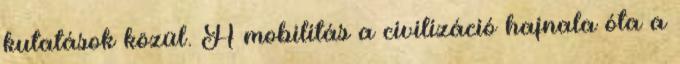
kutatások közül. A mobilitás a civilizáció hajnala óta a